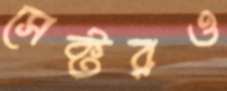
সেক্টরও